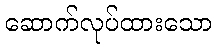
ဆောက်လုပ်ထားသော